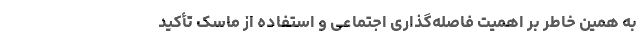
به همین خاطر بر اهمیت فاصله‌گذاری اجتماعی و استفاده از ماسک تأکید